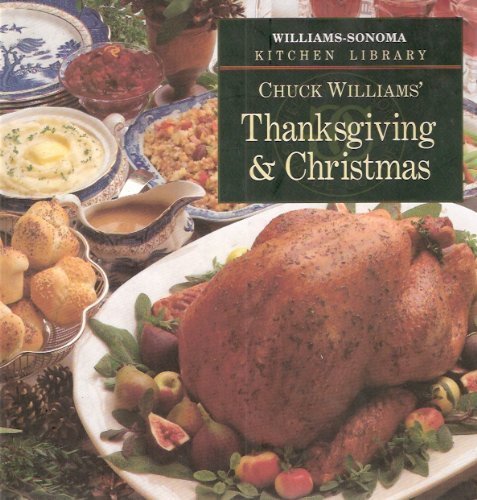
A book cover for Chuck Williams' Thanksgiving & Christmas (Williams-Sonoma Kitchen Library); Chuck Williams; Cookbooks, Food & Wine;